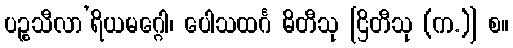
ပဉ္စသီလာ’ရိယမဂ္ဂေါ၊ ပေါသထင်္ဂ ဓိတီသု [ဌိတီသု (က.)] စ။